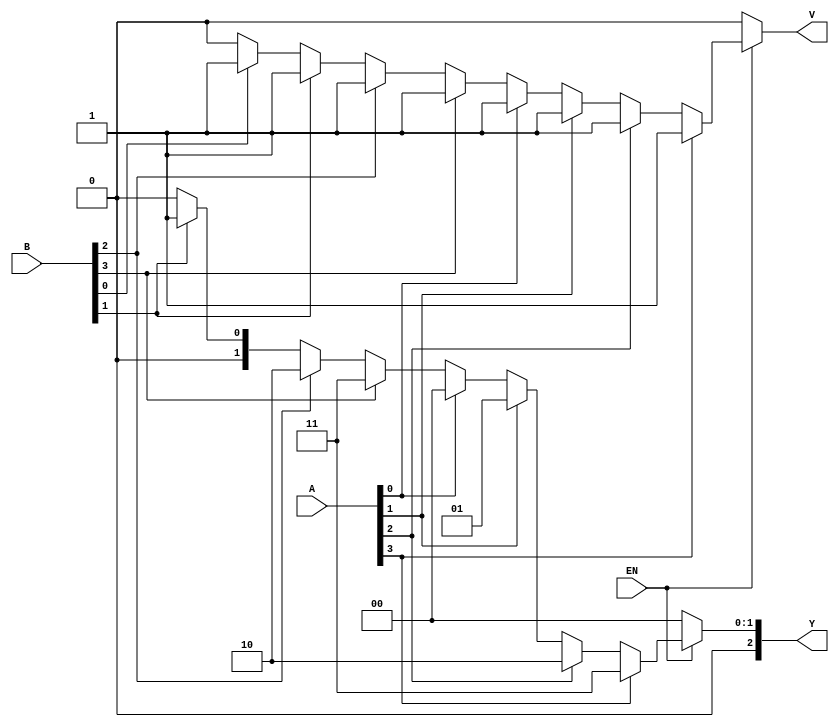
module dual_priority_encoder (
    input wire [3:0] A,    // Group A inputs
    input wire [3:0] B,    // Group B inputs
    input wire EN,         // Enable signal
    output reg [2:0] Y,    // 3-bit binary output
    output reg V           // Valid signal
);
    
    always @(*) begin
        // Default output values
        V = 1'b0;          // Assume no valid input initially
        Y = 3'b000;        // Default output if no input is active
        
        if (EN) begin
            // Check Group A inputs (higher priority)
            if (A[3]) begin
                Y = 3'b011; // A3 active
                V = 1'b1;
            end else if (A[2]) begin
                Y = 3'b010; // A2 active
                V = 1'b1;
            end else if (A[1]) begin
                Y = 3'b001; // A1 active
                V = 1'b1;
            end else if (A[0]) begin
                Y = 3'b000; // A0 active
                V = 1'b1;
            end
            // If no Group A inputs are active, check Group B inputs
            else if (B[3]) begin
                Y = 3'b011; // B3 active (A0, A1, A2 inactive)
                V = 1'b1;
            end else if (B[2]) begin
                Y = 3'b010; // B2 active
                V = 1'b1;
            end else if (B[1]) begin
                Y = 3'b001; // B1 active
                V = 1'b1;
            end else if (B[0]) begin
                Y = 3'b000; // B0 active
                V = 1'b1;
            end
        end else begin
            V = 1'b0;          // Disable state, valid output should be low
        end
    end

endmodule